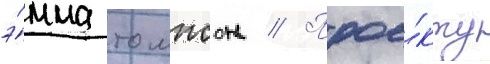
э́мма томпсон // Прое́кту